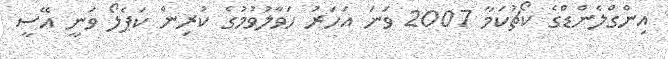
އިންގްލެންޑްގެ ކޯޗުކަމާ 2007 ވަނަ އަހަރު ހަވާލުވުމުގެ ކުރިން ކަޕެލޯ ވަނީ އޭސީ